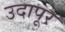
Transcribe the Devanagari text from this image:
उदापूर